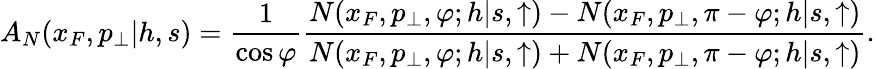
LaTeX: A_{N}(x_{F},p_{\perp}|h,s)={\frac{1}{\cos\varphi}}{\frac{N(x_{F},p_{\perp},\varphi;h|s,\uparrow)-N(x_{F},p_{\perp},\pi-\varphi;h|s,\uparrow)}{N(x_{F},p_{\perp},\varphi;h|s,\uparrow)+N(x_{F},p_{\perp},\pi-\varphi;h|s,\uparrow)}}.